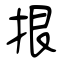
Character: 拫